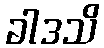
ခါဒသိ